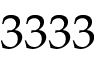
3 3 3 3